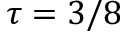
\tau = 3 / 8